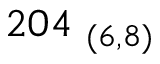
2 0 4 _ { \ ( 6 , 8 ) }